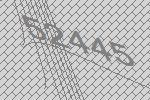
52445